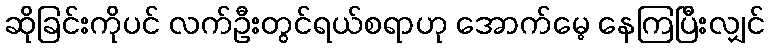
ဆိုခြင်းကိုပင် လက်ဦးတွင်ရယ်စရာဟု အောက်မေ့ နေကြပြီးလျှင်